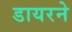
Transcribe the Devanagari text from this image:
डायरने